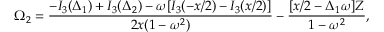
\Omega _ { 2 } = \frac { - I _ { 3 } ( \Delta _ { 1 } ) + I _ { 3 } ( \Delta _ { 2 } ) - \omega [ I _ { 3 } ( - x / 2 ) - I _ { 3 } ( x / 2 ) ] } { 2 x ( 1 - \omega ^ { 2 } ) } - \frac { [ x / 2 - \Delta _ { 1 } \omega ] Z } { 1 - \omega ^ { 2 } } ,